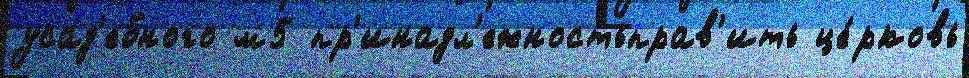
усад'ебного м5 пр'инадл'ежностьправ'ить це́рковь